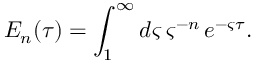
E _ { n } ( \tau ) = \int _ { 1 } ^ { \infty } d \varsigma \, \varsigma ^ { - n } \, e ^ { - \varsigma \tau } .